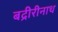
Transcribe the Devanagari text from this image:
बद्रीरीनाथ